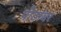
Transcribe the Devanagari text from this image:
पीठांवर